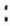
: